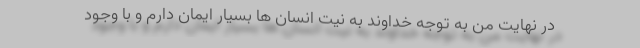
در نهایت من به توجه خداوند به نیت انسان ها بسیار ایمان دارم و با وجود